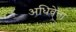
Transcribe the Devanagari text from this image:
अधिवेत्ता